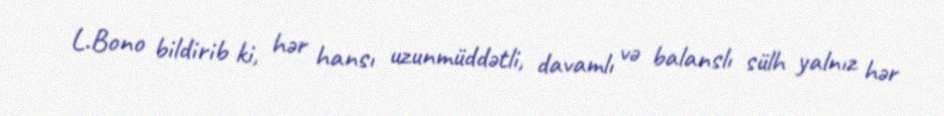
L.Bono bildirib ki, hər hansı uzunmüddətli, davamlı və balanslı sülh yalnız hər